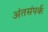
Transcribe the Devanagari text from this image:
अंतसंपर्क